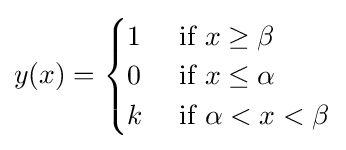
y(x)={\begin{cases}1&{\mbox{ if }}x\geq \beta \\0&{\mbox{ if }}x\leq \alpha \\k&{\mbox{ if }}\alpha <x<\beta \end{cases}}